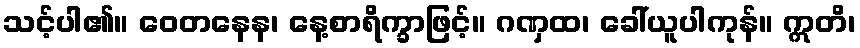
သင့်ပါ၏။ ဝေတနေန၊ နေ့စာရိက္ခာဖြင့်။ ဂဏှထ၊ ခေါ်ယူပါကုန်။ ဣတိ၊